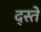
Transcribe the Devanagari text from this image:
द्स्ते